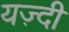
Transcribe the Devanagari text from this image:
यज़्दी